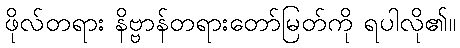
ဖိုလ်တရား နိဗ္ဗာန်တရားတော်မြတ်ကို ရပါလို၏။